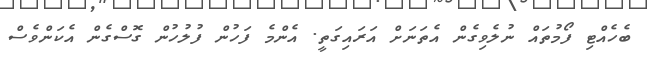
ބެހެއްޓި ފޯމުތައް ނުލެވިގެން އެތަނަށް އަރައިގަތީ. އެންމެ ފަހުން ފުލުހުން ގޮސްގެން އެކަންވެސް